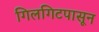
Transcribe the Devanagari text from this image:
गिलगिटपासून